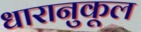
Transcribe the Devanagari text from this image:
धारानुकूल